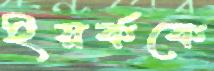
ইয়র্ককে